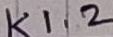
Text: K1.2